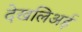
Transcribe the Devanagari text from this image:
देखलिअई